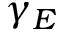
\gamma _ { E }